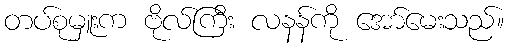
တပ်စုမှူးက ဗိုလ်ကြီး လနန်ကို အော်မေးသည်။